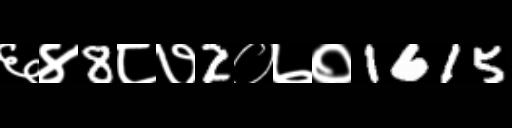
Text: ६४8८७2०७०1615